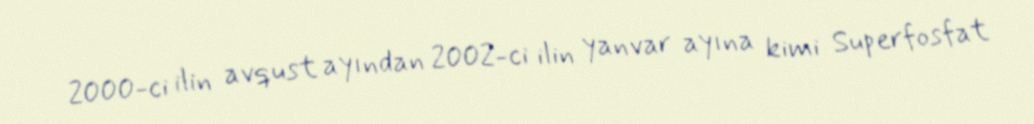
2000-ci ilin avqust ayından 2002-ci ilin yanvar ayına kimi Superfosfat